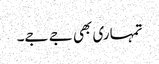
تمہاری بھی جے جے۔